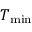
T _ { \mathrm { m i n } }